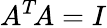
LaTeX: A^{T}\! A=I